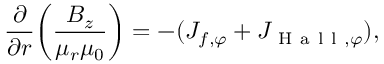
\frac { \partial } { \partial r } \bigg ( \frac { B _ { z } } { \mu _ { r } \mu _ { 0 } } \bigg ) = - ( J _ { f , \varphi } + J _ { \mathrm { ~ H ~ a ~ l ~ l ~ } , \varphi } ) ,